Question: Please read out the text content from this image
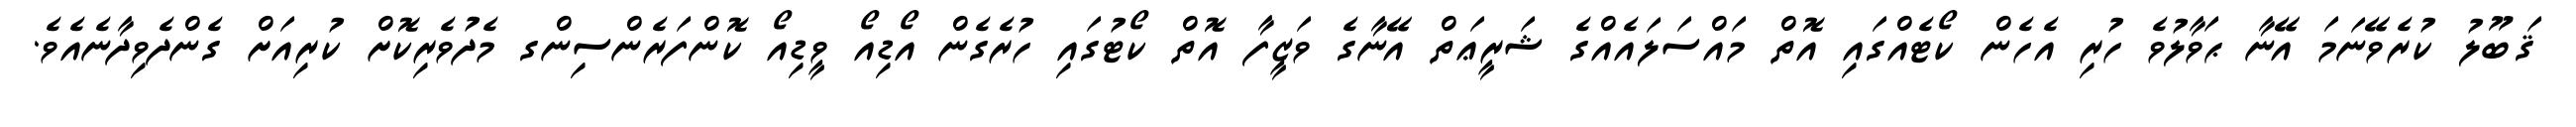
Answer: ޤަބޫލު ކުރެވޭނަމަ އޭނާ ޙަވާލުވެ ހުރި އެހެން ކޯޓެއްގައި އޮތް މައްސަލައެއްގެ ޝަރީޢަތް އޭނާގެ ވަޒީފާ އޮތް ކޯޓުގައި ހުރެގެން އޯޑިއޯ ވީޑިއޯ ކޮންފަރެންސިންގ މެދުވެރިކޮށް ކުރިއަށް ގެންދެވިދާނެއެވެ.